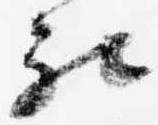
被